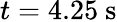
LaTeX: t=4.25~\mathrm{s}